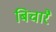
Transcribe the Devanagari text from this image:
बिचारै